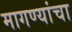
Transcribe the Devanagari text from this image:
मागण्यांचा